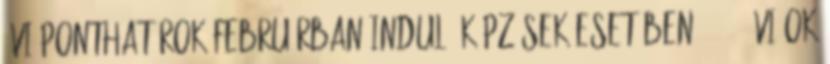
évi ponthatárok februárban induló képzések esetében 2009. évi ok